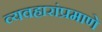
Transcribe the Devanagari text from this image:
व्यवहारांप्रमाणे